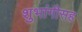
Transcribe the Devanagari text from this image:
शुभांगीसह